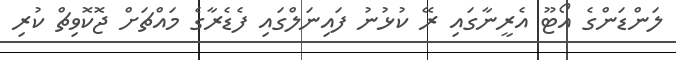
ލަންޑަންގެ އޯޓޫ އެރީނާގައި ރޭ ކުޅުނު ފައިނަލްގައި ފެޑެރާގެ މައްޗަށް ޖޮކޮވިޗް ކުރި